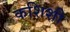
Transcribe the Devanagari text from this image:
कशिशी